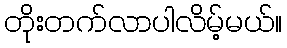
တိုးတက်လာပါလိမ့်မယ်။